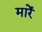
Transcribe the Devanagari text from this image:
मारेंं